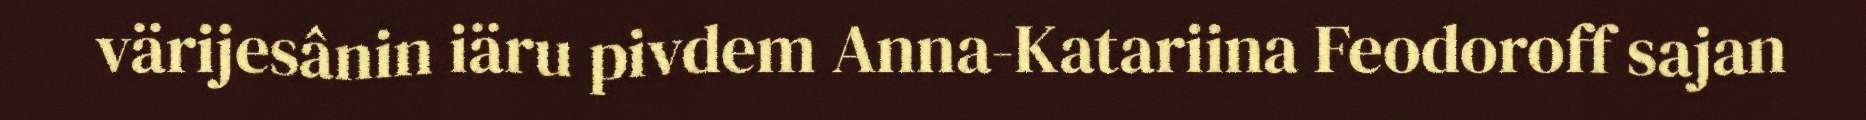
värijesânin iäru pivdem Anna-Katariina Feodoroff sajan